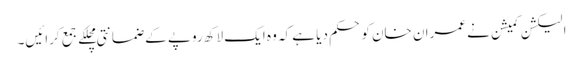
الیکشن کمیشن نے عمران خان کو حکم دیا ہے کہ وہ ایک لاکھ روپے کے ضمانتی مچلکے جمع کرائیں۔